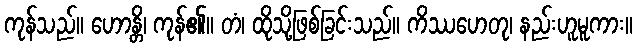
ကုန်သည်။ ဟောန္တိ၊ ကုန်၏။ တံ၊ ထိုသို့ဖြစ်ခြင်းသည်။ ကိဿဟေတု၊ နည်းဟူမူကား။